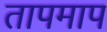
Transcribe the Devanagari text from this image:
तापमाप